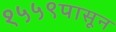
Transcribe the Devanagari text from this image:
१५५९पासून